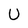
Character: U